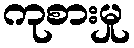
ကုစားမှု